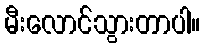
မီးလောင်သွားတာပါ။